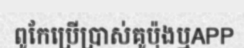
ពូកែប្រើប្រាស់គូប៉ុងឬAPP